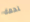
لحمة